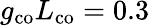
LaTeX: g_{\mathrm{co}}L_{\mathrm{co}}=0.3